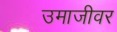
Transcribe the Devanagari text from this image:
उमाजीवर